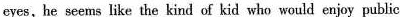
eyes, he seems like the kind of kid who would enjay public